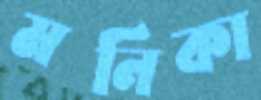
মনিকা